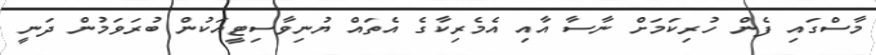
މާސްގައި ފެން ހުރިކަމަށް ނާސާ އާއި އެމެރިކާގެ އެތައް ޔުނިވާސިޓީއަކުން ބުރަވަމުން ދަނީ